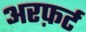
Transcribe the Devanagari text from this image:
अरफ़र्ट